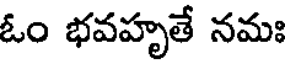
ఓం భవహృతే నమః